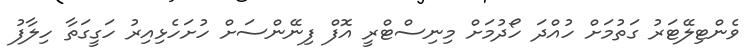
ވެންޓިލޭޓަރު ގަތުމަށް ހުއްދަ ހޯދުމަށް މިނިސްޓްރީ އޮފް ފިނޭންސަށް ހުށަހެޅިއިރު ހަގީގަތާ ހިލާފު